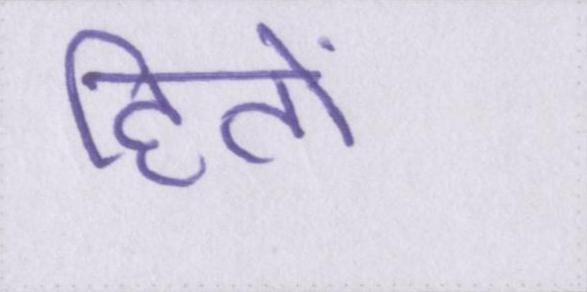
हितों